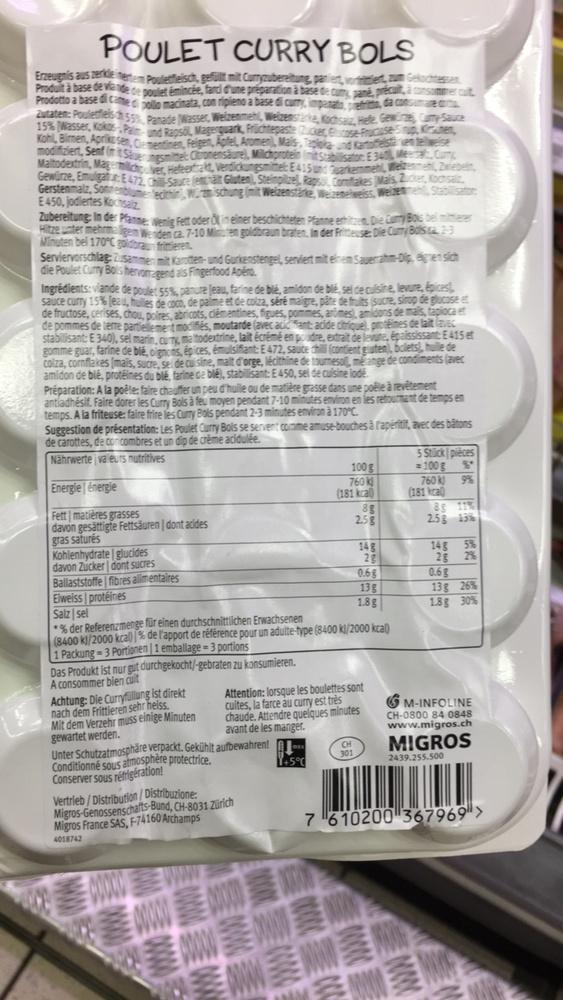
POULET CURRY BOLS
Erzeugnis aus zerkle mertem Pouletfleisch, gefüllt mit Curryzubereitung, paniert, vortert, zum Gekochtessen. Produit à base de viande de poulet émincée, farci d'une préparation à base de cumy, pané, précult, à consomm Prodotto a base di came di pollo macinata, con ripieno a base di curry, impanato, prefimo, da consumare co Zutaten: Pouletfels 55 Panade Wasser, Weizenmehl, Welzenstarke, Kochsalz, Hefe, Gewürze, Curry-Sauce 15% Wasser, Kokos-Palm und Rapsol, Magerquark, Früchtepaste (Zucker, Glucose-Frucuse Sirup, Kuten, Kohl, Bimen, Aprike sen, Clementinen, Feigen, Apfel, Aromen), Mais, Tapiola und Kartoffelsa en teweise modifiziert, Senf in it Sensmittel: Citronensäure), Milchprotein (mit Stabilisator: E 340 Mesa, Cum Maltodextrin, Magmilchver, Hefeextrakt, Verdickungsmittel: E415 und Sarkemmehl, Weizenmehl, Zwiebeln, Gewürze, Emulgator: E472, ChSauce (enthalt Gluten), Steinpilze, Rapso, Comflakes Mais, Zucker, Kochsalz Gerstenmalz, Sonnenblume lecithin, Wischung (mit Welzenstärke, Weizenelweiss, Weizenmehl, Stabilisator E450, jodiertes Kochsalz
Zubereitung: In der Pfanne: Wenig Fett oder in einer beschichteten Pfanne erhitzen. Die Curry Bos bei miterer Hitze unter mehrmaligem Wenden ca. 7-10 Minuten goldbraun braten. In der Fritteuse: Die Curry Bols ta. 2-3 Minuten bel 170°C goldbraun frittieren
Serviervorschlag: Zusammen mit Karotten- und Gurkenstengel, serviert mit einem Sauerrahm-Dip, gesich die Poulet Curry Bols hervorragend als Fingerfood Apéro.
Ingrédients: viande de poulet 55%, panure jeau, farine de blé, amidon de blé, sel de cuisine, levure, épices, sauce curry 15% (eau, huilles de coco, de palme et de colza, séré maigre, pâte de fruits (sucre, sirop de glucose et de fructose, cerises, chou, poires, abricots, clémentines, figues, pommes, animes), amidons de mais, tapioca et de pommes de terre partiellement modifiés, moutarde (avec aciant: acide citrique), protéines de lait avec stabilisant: E 340), sel marin, curry, maltodextrine, lait écrémé en poudre, extrait de levure, épaississant: E415 et gomme guar, farine de blé, oignons, épices, émulsifiant: E 472, sauce chill (contient gluten), bolets, huile de colza, cornflakes (mais, sucre, sel de cuisine, malt d'orge, lécithine de tournesol, mange de condiments (avec amidon de blé, protéines du blé, farine de blé), stabilisant: E 450, sel de cuisine lode
Préparation: A la poêle: faire chauffer un peu d'huile ou de matière grasse dans une poêle à revêtement antiadhésif. Faire dorer les Curry Bols à feu moyen pendant 7-10 minutes environ en les retournant de temps en temps. A la friteuse: faire frire les Curry Bols pendant 2-3 minutes environ à 170°C.
Suggestion de présentation: Les Poulet Curry Bols se servent comme amuse-bouches à l'apéritit, avec des bâtons de carottes, de concombres et un dip de crème acidulée.
Nährwerte valeurs nutritives
Energie énergie
Fett matières grasses
davon gesättigte Fettsäuren | dont acides gras saturés
Kohlenhydrate glucides davon Zucker| dont sucres
Ballaststoffe fibres alimentaires
Das Produkt ist nur gut durchgekocht/-gebraten zu konsumieren. A consommer bien cuit
Achtung: Die Curryfüllung ist direkt nach dem Frittieren sehr heiss. Mit dem Verzehr muss einige Minuten gewartet werden.
Elweiss protéines
Salz sel
*% der Referenzmenge für einen durchschnittlichen Erwachsenen
(8400 kJ/2000 kcal) % de l'apport de référence pour un adulte-type (8400 kJ/2000 kcal) 1 Packung-3 Portionen | 1 emballage-3 portions
Unter Schutzatmosphäre verpackt. Gekühlt aufbewahren! Conditionné sous atmosphère protectrice. Conserver sous réfrigération!
Vertrieb/Distribution/Distribuzione: Migros-Genossenschafts-Bund, CH-8031 Zürich
Migros France SAS, F-74160 Archamps
4018742
00000
100 g
760 kJ
(181 kcal)
Attention: lorsque les boulettes sont cuites, la farce au curry est très chaude. Attendre quelques minutes avant de les manger
Y+5°C
8g
2.58
2g
0.68
13g
1.8g
301
5 Stick pièces
= 100 g
760 kJ
000000
美國
案
9%
8g 11%
2.5g 13%
(181 kra
14g 5% 28 2%
0.6g
13g 26 %
1.8 g 30%
M-INFOLINE
CH-0800 84 0848 www.migros.ch
MIGROS
2439.255.500
7 610200 367969 >